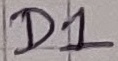
Text: D1